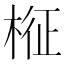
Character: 𣔥